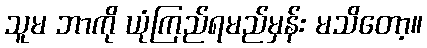
သူမ ဘာကို ယုံကြည်ရမည်မှန်း မသိတော့။